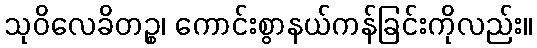
သုဝိလေခိတဉ္စ၊ ကောင်းစွာနယ်ကန်ခြင်းကိုလည်း။